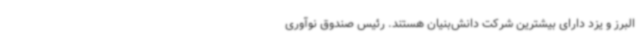
البرز و یزد دارای بیشترین شرکت دانش‌بنیان هستند. رئیس صندوق نوآوری